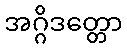
အဂ္ဂိဒတ္တော